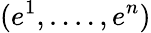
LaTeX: (e^{1},....,e^{n})